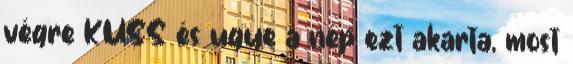
végre KUSS és ugye a nép ezt akarta, most